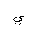
Letter: _ya